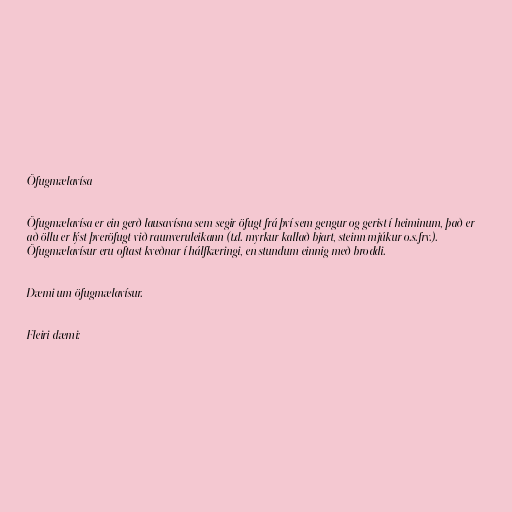
Öfugmælavísa

Öfugmælavísa er ein gerð lausavísna sem segir öfugt frá því sem gengur og gerist í heiminum, það er
að öllu er lýst þveröfugt við raunveruleikann (t.d. myrkur kallað bjart, steinn mjúkur o.s.frv.).
Öfugmælavísur eru oftast kveðnar í hálfkæringi, en stundum einnig með broddi.

Dæmi um öfugmælavísur.

Fleiri dæmi: